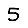
Digit: 5